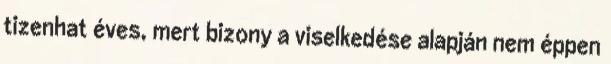
tizenhat éves, mert bizony a viselkedése alapján nem éppen